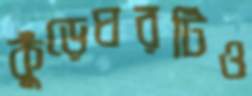
কুঁড়েঘরটিও